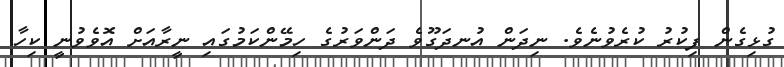
ގުޅިގެން ފިކުރު ކުރެވުނެވެ. ނިދަން އުނދަގޫވެ ދަންވަރުގެ ހިމޭންކަމުގައި ނީރާއަށް އޮވެވުނީ ކިހާ